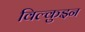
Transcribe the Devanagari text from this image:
विल्कुइन